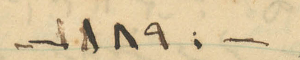
-1890-